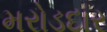
મરોડદાર